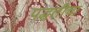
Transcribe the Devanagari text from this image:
पद्घतीचा